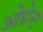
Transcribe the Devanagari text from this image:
ओप्रेन्ट